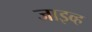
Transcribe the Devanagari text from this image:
जाइव्ह